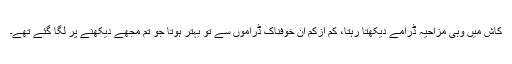
کاش میں وہی مزاحیہ ڈرامے دیکھتا رہتا، کم ازکم ان خوفناک ڈراموں سے تو بہتر ہوتا جو تم مجھے دیکھنے پر لگا گئے تھے۔